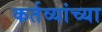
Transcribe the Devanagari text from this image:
कर्तव्यांच्या